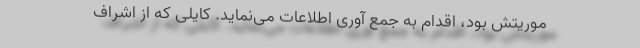
موریتش بود، اقدام به جمع آوری اطلاعات می‌نماید. کایلی که از اشراف